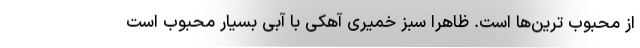
از محبوب ترین‌ها است. ظاهرا سبز خمیری آهکی با آبی بسیار محبوب است